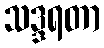
သဒ္ဒရတာ